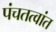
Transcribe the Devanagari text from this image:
पंचतत्वांत